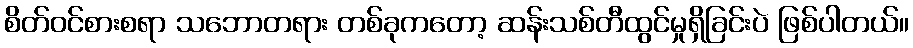
စိတ်ဝင်စားစရာ သဘောတရား တစ်ခုကတော့ ဆန်းသစ်တီထွင်မှုရှိခြင်းပဲ ဖြစ်ပါတယ်။